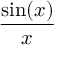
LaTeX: \frac { \sin ( x ) } { x }